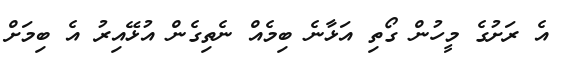
އެ ރަށުގެ މީހުން ގޯތި އަޅާނެ ބިމެއް ނެތިގެން އުޅޭއިރު އެ ބިމަށް